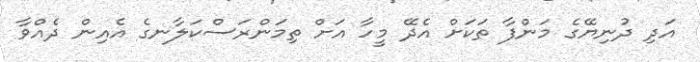
އަދި ދުނިޔޭގެ މަންފާ ތަކަށް އެދޭ މީހާ އަށް ތިމަންރަސްކަލާނގެ އެއިން ދެއްވާ